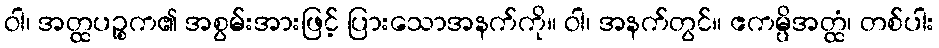
ဝါ၊ အတ္ထပဉ္စက၏ အစွမ်းအားဖြင့် ပြားသောအနက်ကို။ ဝါ၊ အနက်တွင်။ ဧကမ္ပိအတ္ထံ၊ တစ်ပါး